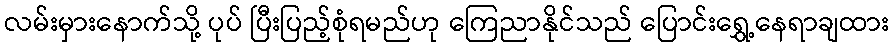
လမ်းမှားနောက်သို့ ပုပ် ပြီးပြည့်စုံရမည်ဟု ကြေညာနိုင်သည် ပြောင်းရွှေ့နေရာချထား